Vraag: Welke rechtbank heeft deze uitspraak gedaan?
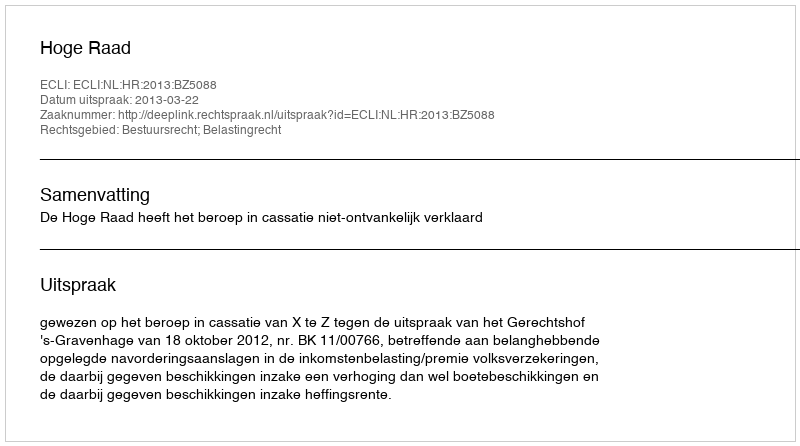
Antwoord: Hoge Raad